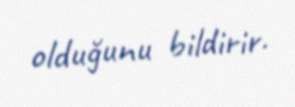
olduğunu bildirir.